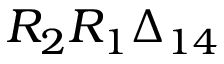
R _ { 2 } R _ { 1 } \boldsymbol { \Delta } _ { 1 4 }